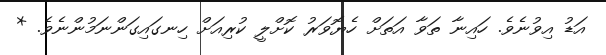
އަޑު އިވުނެވެ. ހައިނާ ތަވާ އަތަށް ހެޔޮވަރު ކޮށްލީ ކުރިއަށް ހިނގައިގަންނަމުންނެވެ. *